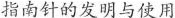
指南针的发明与使用